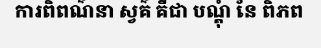
ការពិពណ៌នា ស្វគ៌ គឺជា បណ្តុំ នៃ ពិភព